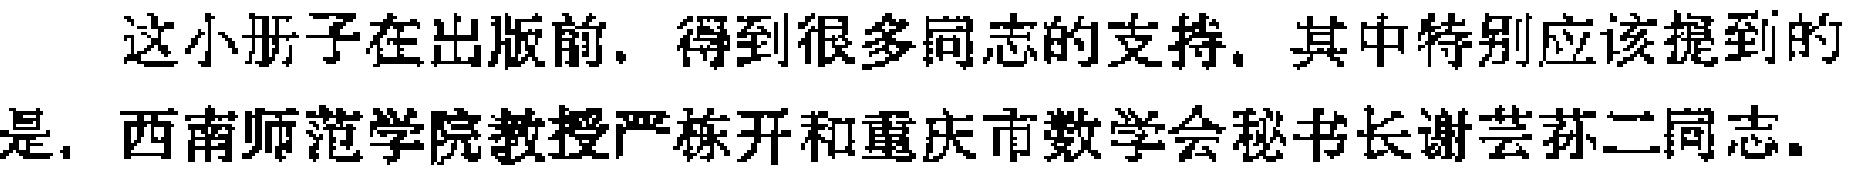
这小册子在出版前，得到很多同志的支持，其中特别应该提到的是，西南师范学院教授严栋开和重庆市数学会秘书长谢芸荪二同志。